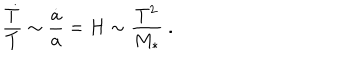
LaTeX: \frac { { \dot { T } } } { T } \sim \frac { { \dot { a } } } { a } = H \sim \frac { T ^ { 2 } } { M _ { * } } \ .